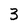
Character: 3